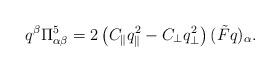
LaTeX: \begin{align*}q^{\beta}\Pi^5_{\alpha\beta}=2\left(C_{\parallel}q_{\parallel}^2-C_{\bot}q_{\bot}^2\right)(\tilde{F}q)_{\alpha} .\end{align*}